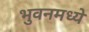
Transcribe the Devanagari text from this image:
भुवनमध्ये